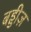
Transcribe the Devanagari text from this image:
बड्डीज़